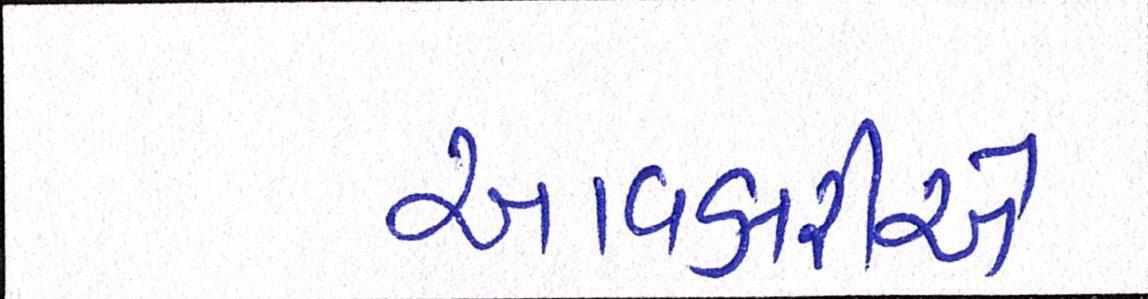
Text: આવકારીએ